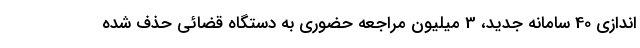
اندازی 40 سامانه جدید، 3 میلیون مراجعه حضوری به دستگاه قضائی حذف شده